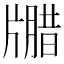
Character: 𪺦